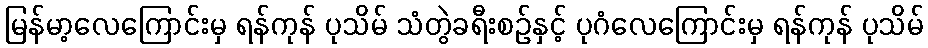
မြန်မာ့လေကြောင်းမှ ရန်ကုန် ပုသိမ် သံတွဲခရီးစဉ်နှင့် ပုဂံလေကြောင်းမှ ရန်ကုန် ပုသိမ်